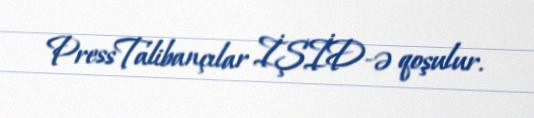
PressTalibançılar İŞİD-ə qoşulur.